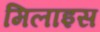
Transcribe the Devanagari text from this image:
मिलाइस